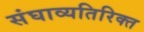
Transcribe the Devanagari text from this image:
संघाव्यतिरिक्त